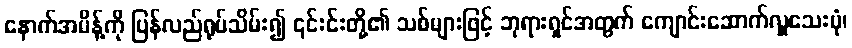
နောက်အမိန့်ကို ပြန်လည်ရုပ်သိမ်း၍ ၎င်းင်းတို့၏ သစ်များဖြင့် ဘုရားရှင်အတွက် ကျောင်းဆောက်လှူသေးပုံ၊